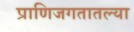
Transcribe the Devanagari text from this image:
प्राणिजगतातल्या